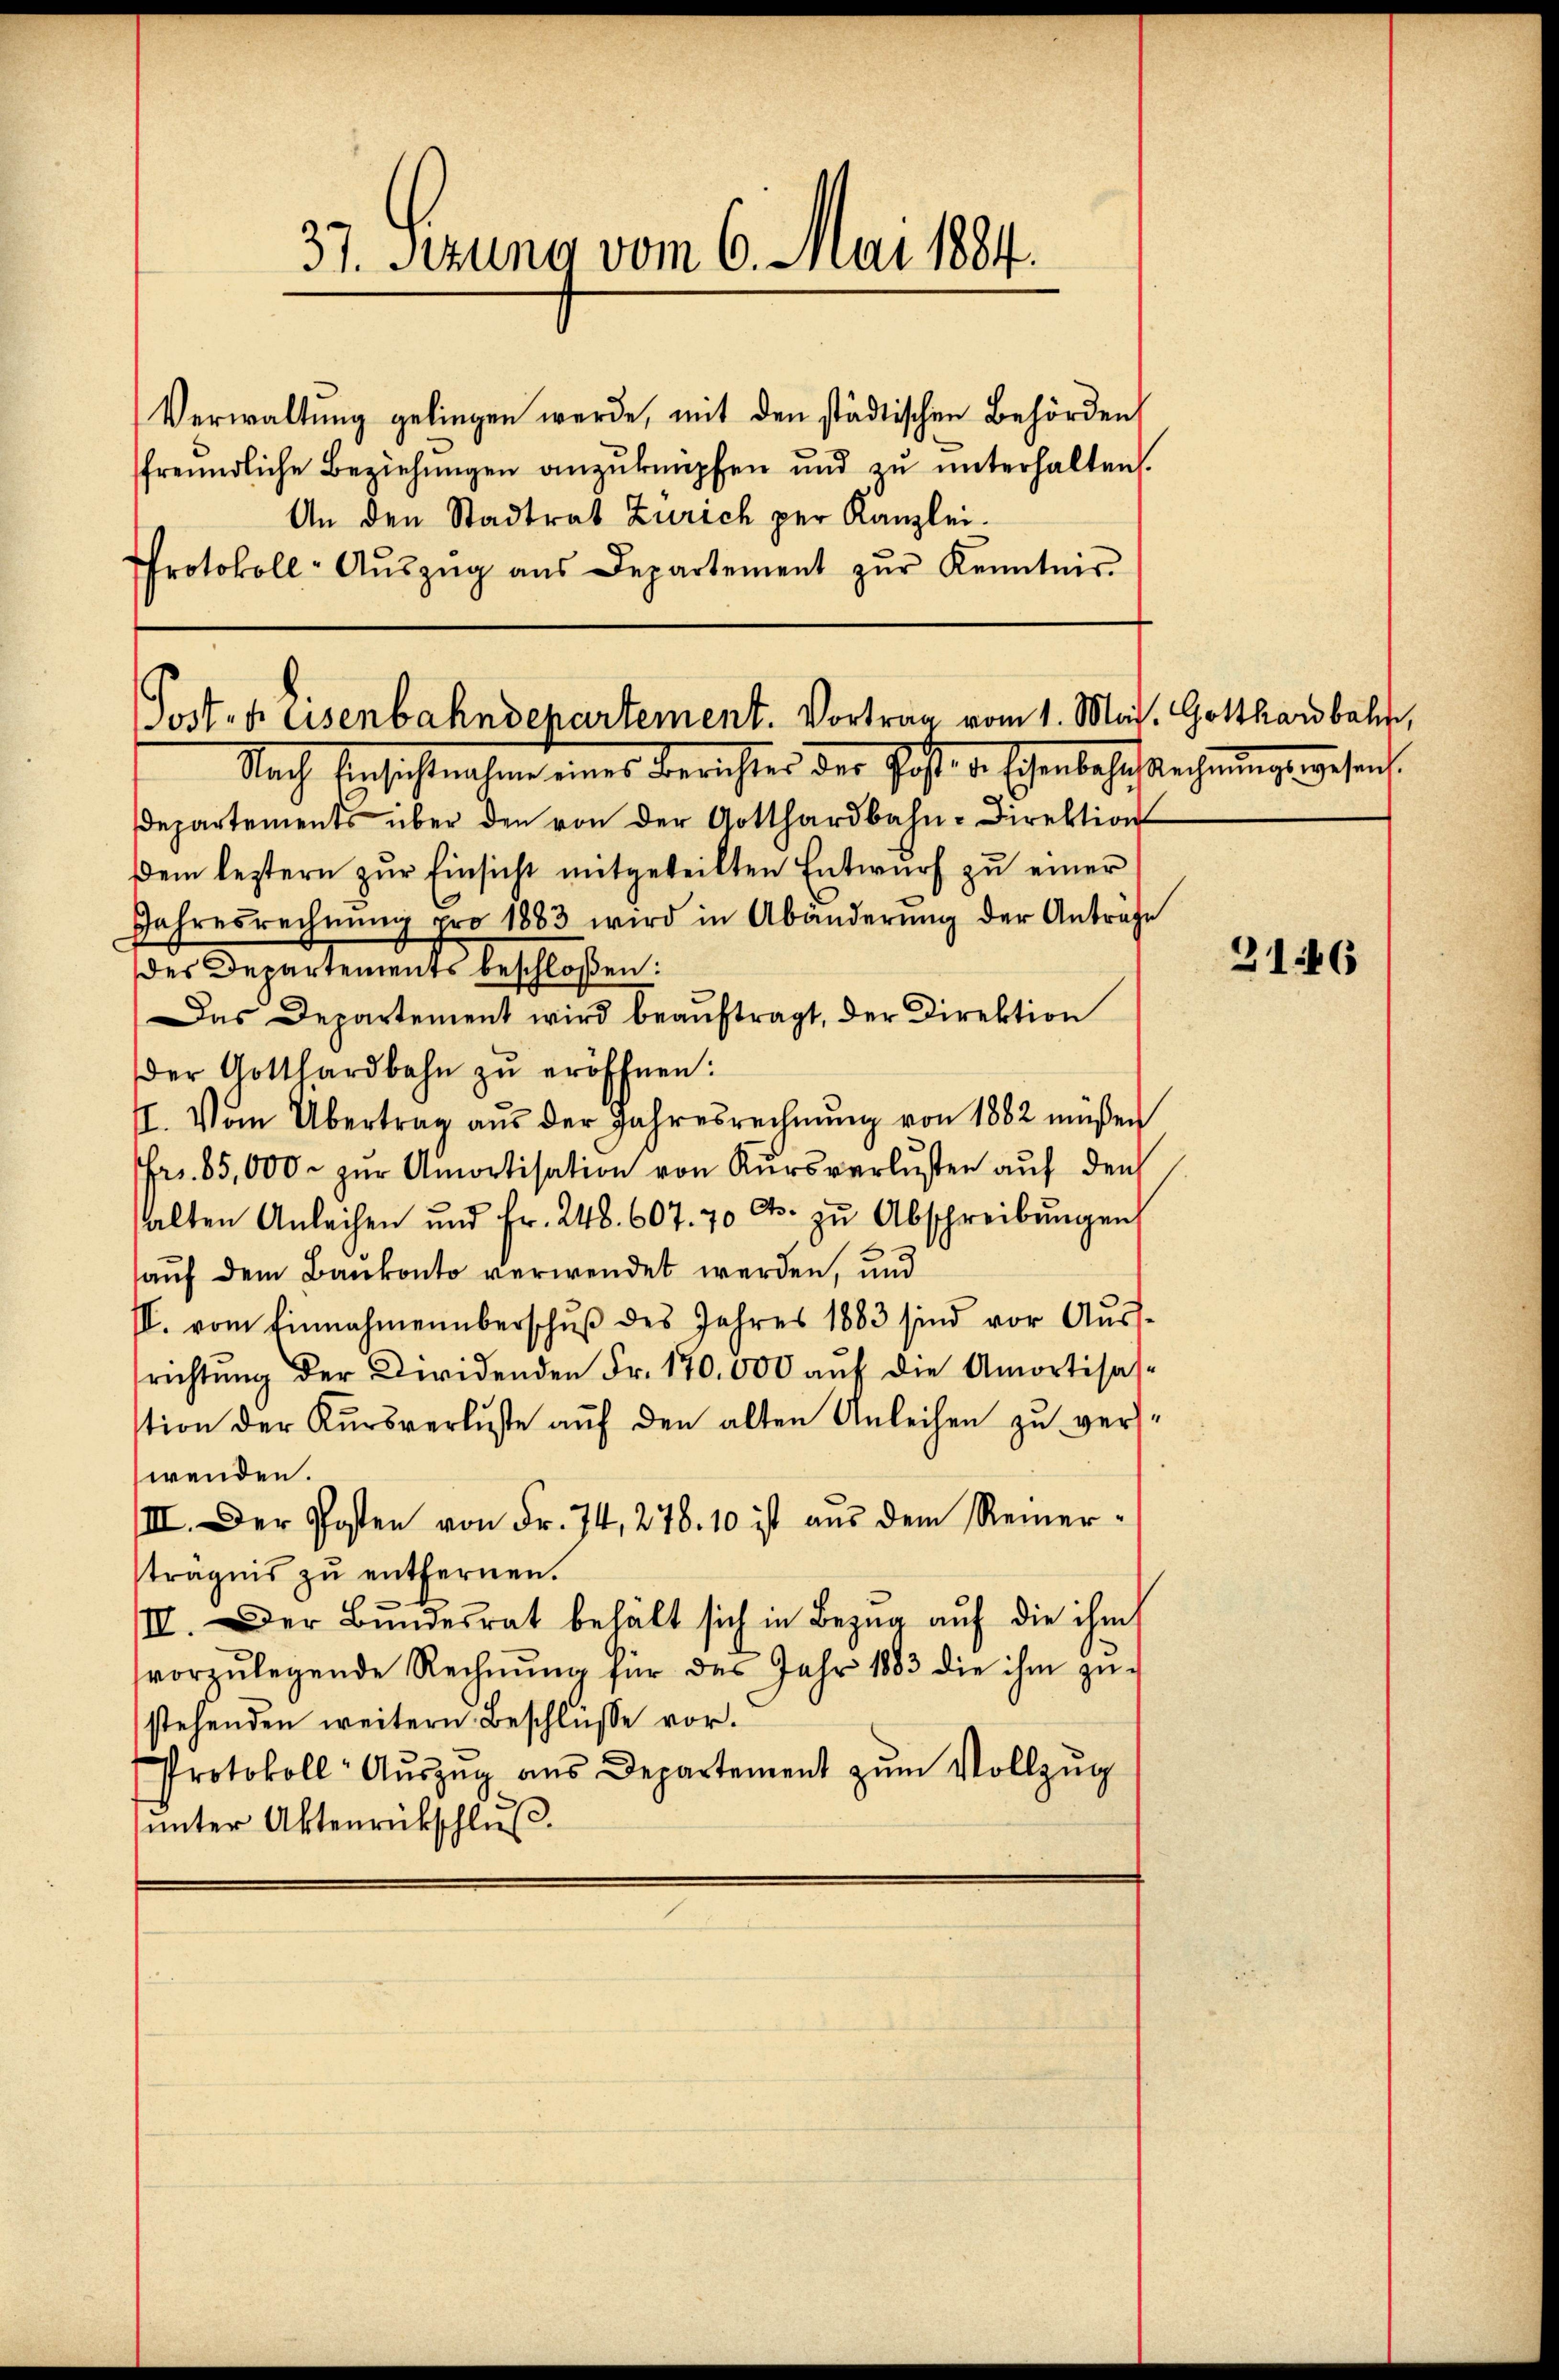
37. Sezung vom 6. Mai 1884.

Verwaltung gelingen werde, mit den städtischen Behörden
freŭndliche Beziehŭngen anzuknüpfen und zŭ ŭnterhalten.
An den Stadtrat Zürich per Kanzlei-
Protokoll- Aŭszŭg aŭs Departement zŭr Kenntnis-

Post- u. Eisenbahndepartement. Vortrag vom 1. Mai. Gotthardbahn,

Nach Einsichtnissen eines Berichtes der Gott zu schenbehaftsrechnung, wesen.
departements über den von der Gotthardbahn-Direktion
dem leztern zŭr Einsicht mitgeteilten Entwŭrf zŭ einer
Jahresrechnŭng pro 1883 wird in Abänderŭng der Anträge
des Departements beschloßen:
Das Departement wird beaŭftragt, der Direktion
der Gotthardbahn zŭ eröffnen:
II. Vom Übertrag aŭs der Jahresrechnŭng von 1882 müßen
Fr. 85,000. zŭr Amortisation von Kŭrsverlusten aŭf den
halten Anleihen und Fr. 248. 607. 70 Cts. zu Abschreibŭngen
auf dem Bankonto verwendet werden, und
II. vom Einnahmenüberschŭβ des Jahres 1883 sind vor Aŭs-
richtŭng der Zweidenden Fr. 170.000 aŭf die Amortisas-
tion der Kursverluste auf den alten Anleihen zu verswenden.
III. Der Posten von Fr. 74, 278. 10 ist aŭs dem Reiner-
trägnis zŭ entfernen.
IV. Der Bŭndesrat behält sich in Bezŭg aŭf die ihm
vorzŭlegende Rechnŭng für das Jahr 1883 die ihm zŭ-
stehenden weitern Beschlüsse vor.
Protokoll- Aŭszŭg aŭs Departement zŭm Vollzŭg
unter Aktenrückschluß.

3146